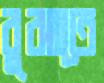
বুঝাতে